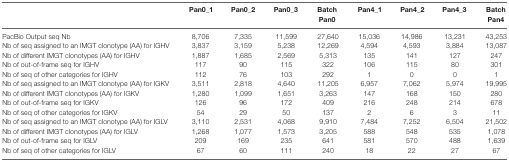
<table><thead><tr><td></td><td><b>Pan0_1</b></td><td><b>Pan0_2</b></td><td><b>Pan0_3</b></td><td><b>BatchPan0</b></td><td><b>Pan4_1</b></td><td><b>Pan4_2</b></td><td><b>Pan4_3</b></td><td><b>BatchPan4</b></td></tr></thead><tbody><tr><td>PacBio Output seq Nb</td><td>8,706</td><td>7,335</td><td>11,599</td><td>27,640</td><td>15,036</td><td>14,986</td><td>13,231</td><td>43,253</td></tr><tr><td>Nb of seq assigned to an IMGT clonotype (AA) for IGHV</td><td>3,837</td><td>3,159</td><td>5,238</td><td>12,269</td><td>4,594</td><td>4,593</td><td>3,884</td><td>13,087</td></tr><tr><td>Nb of different IMGT clonotypes (AA) for IGHV</td><td>1,887</td><td>1,685</td><td>2,569</td><td>5,313</td><td>135</td><td>141</td><td>127</td><td>247</td></tr><tr><td>Nb of out-of-frame seq for IGHV</td><td>117</td><td>90</td><td>115</td><td>322</td><td>106</td><td>115</td><td>80</td><td>301</td></tr><tr><td>Nb of seq of other categories for IGHV</td><td>112</td><td>76</td><td>103</td><td>292</td><td>1</td><td>0</td><td>0</td><td>1</td></tr><tr><td>Nb of seq assigned to an IMGT clonotype (AA) for IGKV</td><td>3,511</td><td>2,818</td><td>4,640</td><td>11,205</td><td>6,957</td><td>7,062</td><td>5,974</td><td>19,995</td></tr><tr><td>Nb of different IMGT clonotypes (AA) for IGKV</td><td>1,280</td><td>1,099</td><td>1,651</td><td>3,263</td><td>147</td><td>168</td><td>150</td><td>280</td></tr><tr><td>Nb of out-of-frame seq for IGKV</td><td>126</td><td>96</td><td>172</td><td>409</td><td>216</td><td>248</td><td>214</td><td>678</td></tr><tr><td>Nb of seq of other categories for IGKV</td><td>54</td><td>29</td><td>50</td><td>137</td><td>2</td><td>6</td><td>3</td><td>11</td></tr><tr><td>Nb of seq assigned to an IMGT clonotype (AA) for IGLV</td><td>3,110</td><td>2,531</td><td>4,068</td><td>9,910</td><td>7,484</td><td>7,252</td><td>6,504</td><td>21,502</td></tr><tr><td>Nb of different IMGT clonotypes (AA) for IGLV</td><td>1,268</td><td>1,077</td><td>1,573</td><td>3,205</td><td>588</td><td>548</td><td>535</td><td>1,078</td></tr><tr><td>Nb of out-of-frame seq for IGLV</td><td>209</td><td>169</td><td>235</td><td>641</td><td>581</td><td>570</td><td>488</td><td>1,639</td></tr><tr><td>Nb of seq of other categories for IGLV</td><td>67</td><td>60</td><td>111</td><td>240</td><td>18</td><td>22</td><td>27</td><td>67</td></tr></tbody></table>